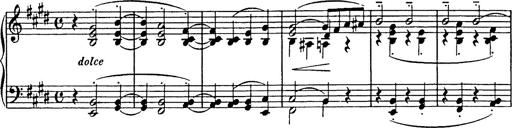
Title: Consolations
Composer: Franz Liszt